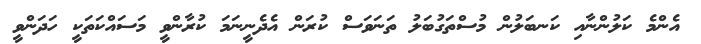
އެންމެ ކަލުންނާއި ކަނބަލުން މުސްތަގުބަލު ތަނަވަސް ކުރަން އެދެނީނަމަ ކުރާންވީ މަސައްކަތަކީ ހަދަންވީ